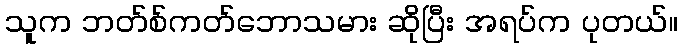
သူက ဘတ်စ်ကတ်ဘောသမား ဆိုပြီး အရပ်က ပုတယ်။